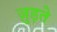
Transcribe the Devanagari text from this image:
जु़ड़ते